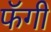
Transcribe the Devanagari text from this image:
फॅगी